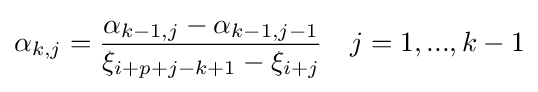
\alpha _{k,j}={\frac {\alpha _{k-1,j}-\alpha _{k-1,j-1}}{\xi _{i+p+j-k+1}-\xi _{i+j}}}\quad j=1,...,k-1